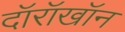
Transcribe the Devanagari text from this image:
दॉरॉखॉन